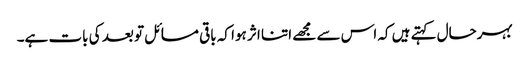
بہرحال کہتے ہیں کہ اس سے مجھے اتنا اثر ہوا کہ باقی مسائل تو بعد کی بات ہے۔